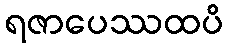
ရဇာပေဿထပိ